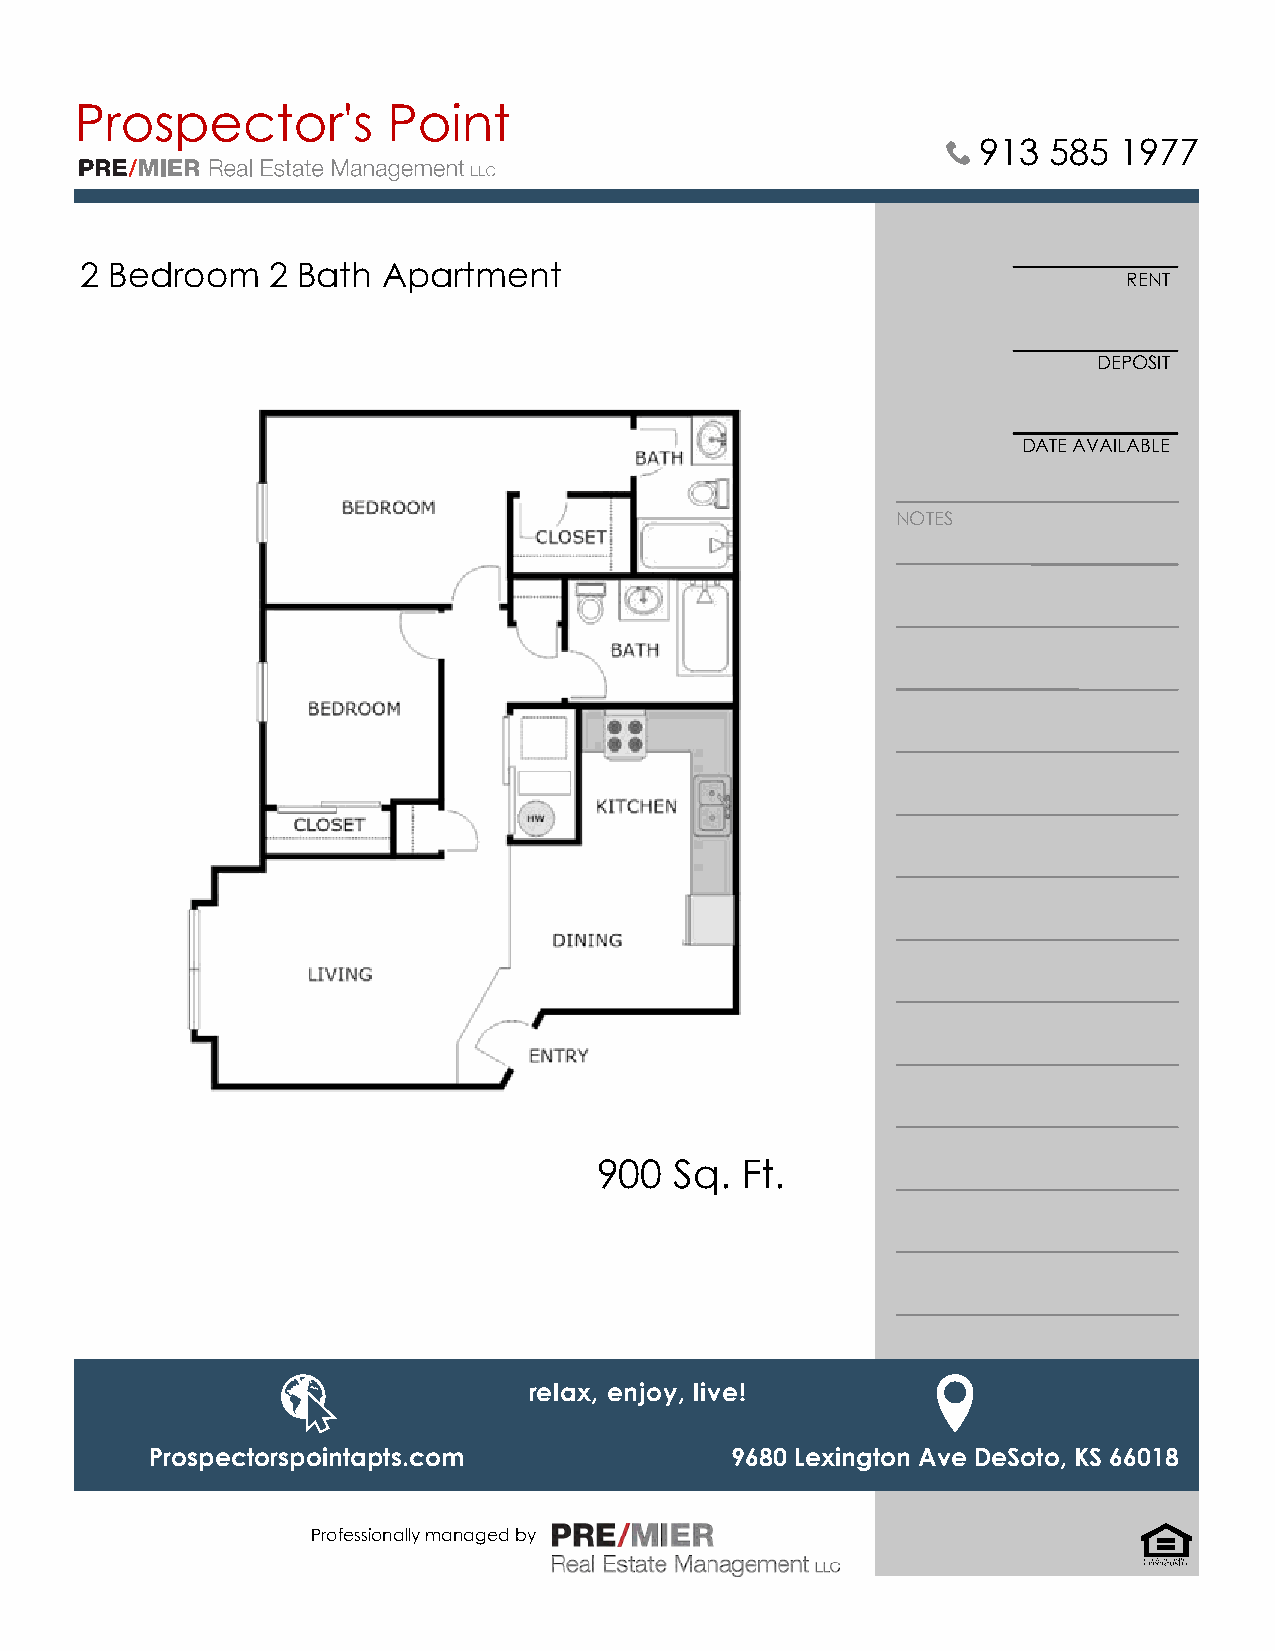
Prospector's         Point
 913 585  1977
 2 Bedroom    2 Bath Apartment
 RENT
 DEPOSIT
 DATE AVAILABLE
 NOTES
 900  Sq. Ft.
 relax, enjoy, live!
 Prospectorspointapts.com              9680 Lexington Ave DeSoto, KS 66018
 Professionally managed by